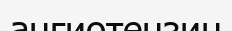
ангиотензин